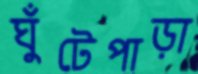
ঘুঁটেপাড়া